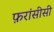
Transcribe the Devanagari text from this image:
फ़रांसीसी